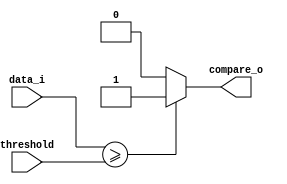
// Code your design here
//maximiliano cerda cid

module comparator #(parameter n=32)(data_i,threshold,compare_o);
  input wire [n-1:0] data_i, threshold; //maf filter output and treshold value  
  output wire compare_o; //output of the compare block
  //reg compare_o;

  assign compare_o = (data_i >= threshold) ? 1'b1:1'b0;

endmodule